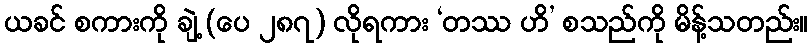
ယခင် စကားကို ချဲ့ (ပေ ၂၈၇) လိုရကား ‘တဿ ဟိ’ စသည်ကို မိန့်သတည်း။